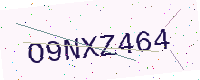
Text: O9NXZ464